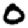
Digit: 0